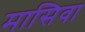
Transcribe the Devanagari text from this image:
मासिवा